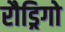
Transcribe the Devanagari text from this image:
रौड्रिगो